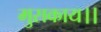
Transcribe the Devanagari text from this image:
मुसकाय।।